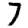
Digit: 7